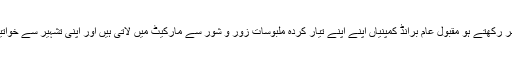
اس حقیقت کو پیشِ نظر رکھتے ہو مقبولِ عام برانڈ کمپنیاں اپنے اپنے تیار کردہ ملبوسات زور و شور سے مارکیٹ میں لاتی ہیں اور اپنی تشہیر سے خواتین کو متاثر کرتی ہیں۔